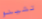
تشينو